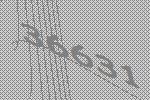
36631